Punjab Mental Hospital Lahore 1932-46 - 1932-1946
Year: 1932
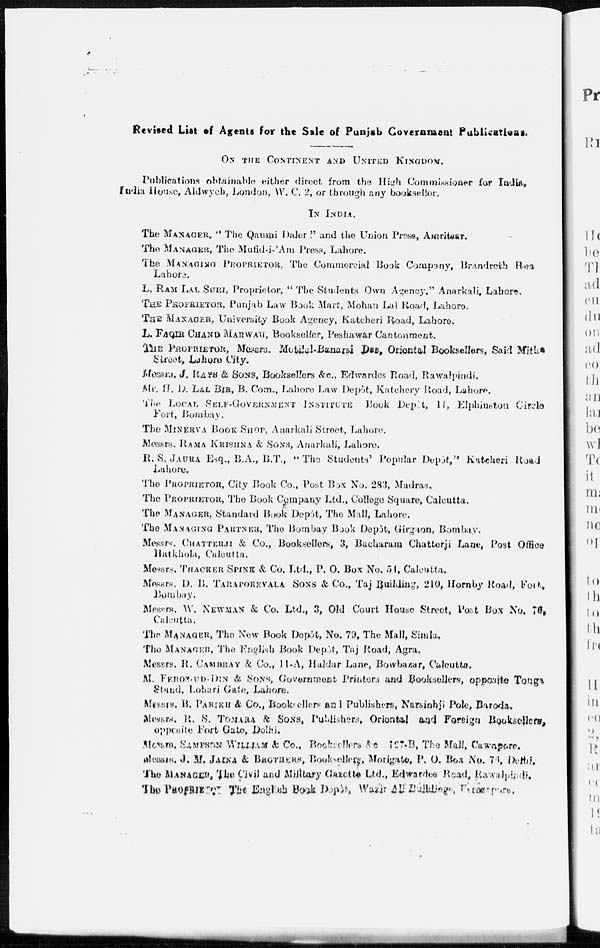
Revised List of Agents for the Sale of Punjab Government Publications.
ON THE CONTINENT AND UNITED KINGDOM.
Publications obtainable either direct from the High Commissioner for India,
India House, Aldwych, London, W. C. 2, or through any bookseller.
IN INDIA.
The MANAGER, "The Qaumi Daler." and the Union Press, Amritsar.
The MANAGER, The Mufid-i-'Am Press, Lahore.
The MANAGING PROPRIETOR, The Commercial Book Company, Brandreth Road
Lahore.
L. RAM LAL SURI, Proprietor, "The Students Own Agency." Anarkali, Lahore.
THE PROPRIETOR, Punjab Law Book Mart, Mohan Lal Road, Lahore.
THE MANAGER, University Book Agency, Katcheri Road, Lahore.
L. FAQIR CHAND MARWANI, Bookseller, Peshawar Cantonment.
THE PROPRIETOR, Messrs. Motilal-Banarsi Das, Oriental Booksellers, Said Mitha
Street, Lahore City.
Messrs. J. RAYS & SONS, Booksellers &c., Edwardes Road, Rawalpindi.
Mr. H. D. LAL BIR, B. Com., Lahore Law Depôt, Katchery Road, Lahore.
The LOCAL SELF-GOVERNMENT INSTITUTE Book Depôt, 11, Elphinston Circle
Fort, Bombay.
The MINERVA BOOK SHOP, Anarkali Street, Lahore.
Messrs. RAMA KRISHNA & SONS, Anarkali, Lahore.
R.S. JAURA Esq., B.A., B.T., "'The Students' Popular Depôt," Katcheri Road
Lahore.
The PROPRIETOR, City Book Co., Post Box No. 283, Madras.
The PROPRIETOR, The Book Company Ltd., College Square, Calcutta.
The MANEGER, Standard Book Depôt, The Mall, Lahore.
The MANAGING PARTNER, The Bombay Book Depôt, Girgaon, Bombay.
Messrs. CHATTERJI & Co., Booksellers, 3, Bacharam Chatterji Lane, Post Office
Hatkhola, Calcutta.
Messrs. THACKER SPINK & Co. Ltd., P. O. Box No. 54, Calcutta.
Messrs. D. B. TARAPOREWALA SONS & Co., Taj Building, 210, Hornby Road, Fort,
Bombay.
Messrs. W. NEWMAN & Co. Ltd., 3, Old Court House Street, Post Box No. 76,
Calcutta.
The MANAGER, The New Book Depôt, No. 79, The Mall, Simla,
The MANAGER, The English Book Depôt, Taj Road, Agra.
Messrs. R. CAMBRAY & Co., 11-A, Haldar Lane, Bowbazar, Calcutta.
M. FEROZ-UD-DIN & SONS, Government Printers and Booksellers, opposite Tonga
Stand, Lohari Gate, Lahore.
Messrs. B. PARIKH & Co., Booksellers and Publishers, Narsinhji Pole, Baroda.
Messrs. R. S. TOMARA & SONS, Publishers, Oriental and Foreign Booksellers,
opposite Fort Gate, Delhi.
Messrs. SAMPSON WILLIAM & Co., Booksellers &c 127-B, The Mall, Cawnpore.
Messrs. J. M. JAINA & BROTHERS, Booksellers, Morigate, P. O. Box No. 74, Delhi.
The MANAGER, The Civil and Military Gazette Ltd., Edwardes Road, Rawalpindi
The PROPRIETOR: The English Book Depôt Wazir Ali Buildings, Ferozepore.